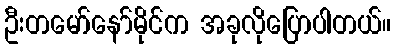
ဦးတမော်နော်မိုင်က အခုလိုပြောပါတယ်။